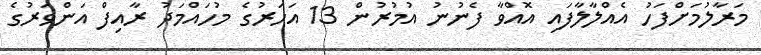
މަރާލުމަށްފަހު އެއްލާލާފައި އޮއްވާ ފެނުނު އުމުރުން 13 އަހަރުގެ މުހައްމަދު ރާއިފް އަންވަރުގެ